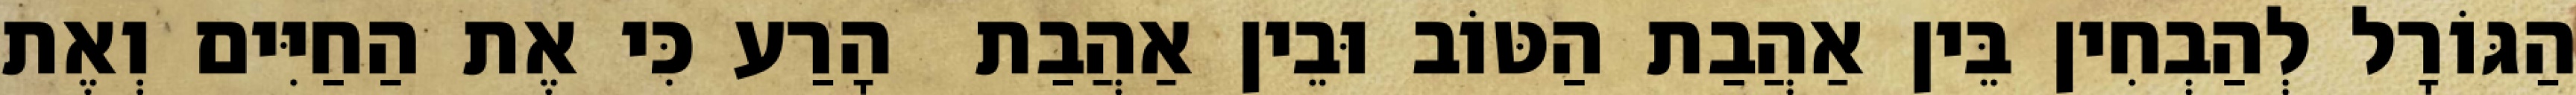
הַגּוֹרָל לְהַבְחִין בֵּין אַהֲבַת הַטּוֹב וּבֵין אַהֲבַת  הָרַע כִּי אֶת הַחַיִּים וְאֶת